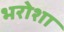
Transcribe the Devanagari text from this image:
भरोशा